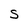
Character: S